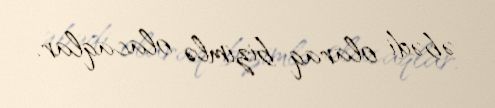
əbədi olaraq bizimlə olacaqlar.